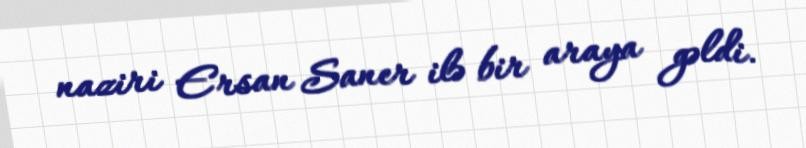
naziri Ersan Saner ilə bir araya gəldi.